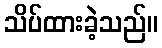
သိပ်ထားခဲ့သည်။